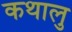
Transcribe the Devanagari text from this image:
कथालु